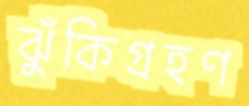
ঝুঁকিগ্রহণ